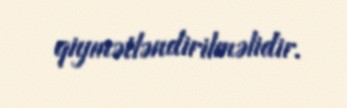
qiymətləndirilməlidir.